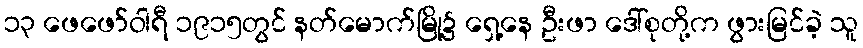
၁၃ ဖေဖော်ဝါရီ ၁၉၁၅တွင် နတ်မောက်မြို့၌ ရှေ့နေ ဦးဖာ ဒေါ်စုတို့က ဖွားမြင်ခဲ့ သူ